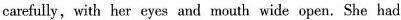
carefully, with her eyes and mouth wide open.She had